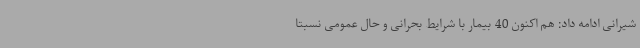
شیرانی ادامه داد: هم اکنون 40 بیمار با شرایط بحرانی و حال عمومی نسبتاً